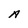
Character: A